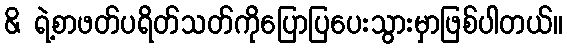
& ရဲ့စာဖတ်ပရိတ်သတ်ကိုပြောပြပေးသွားမှာဖြစ်ပါတယ်။